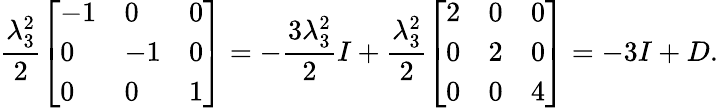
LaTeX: \frac{\lambda_{3}^{2}}{2}\left[\begin{array}{lll}{-1}&{0}&{0}\\ {0}&{-1}&{0}\\ {0}&{0}&{1}\end{array}\right]=-\frac{3\lambda_{3}^{2}}{2}I+\frac{\lambda_{3}^{2}}{2}\left[\begin{array}{lll}{2}&{0}&{0}\\ {0}&{2}&{0}\\ {0}&{0}&{4}\end{array}\right]=-3I+D.